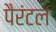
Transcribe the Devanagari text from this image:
पैरंटल